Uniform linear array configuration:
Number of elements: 64
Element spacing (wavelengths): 0.75
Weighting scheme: exponential
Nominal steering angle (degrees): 45
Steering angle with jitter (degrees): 44.956
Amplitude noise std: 0.05
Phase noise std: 0.05

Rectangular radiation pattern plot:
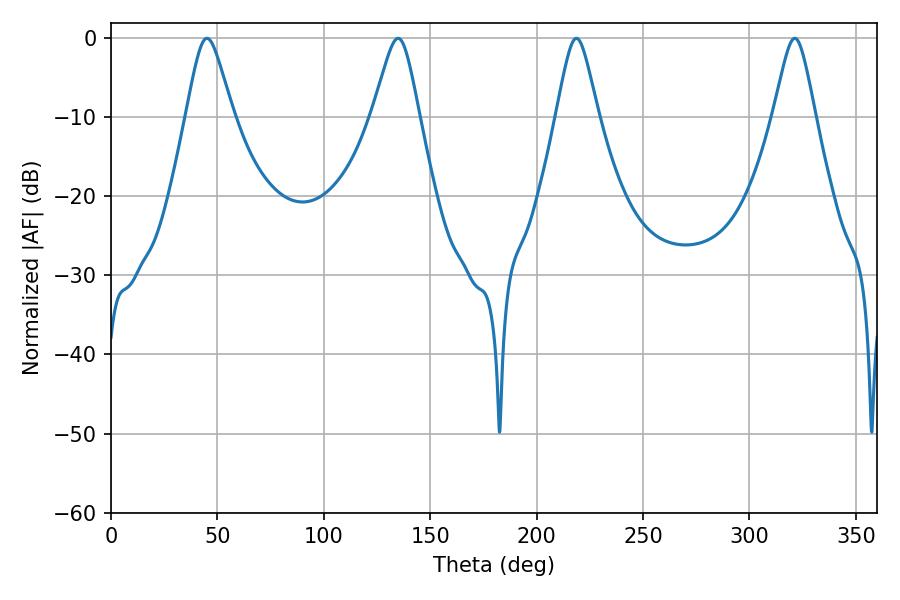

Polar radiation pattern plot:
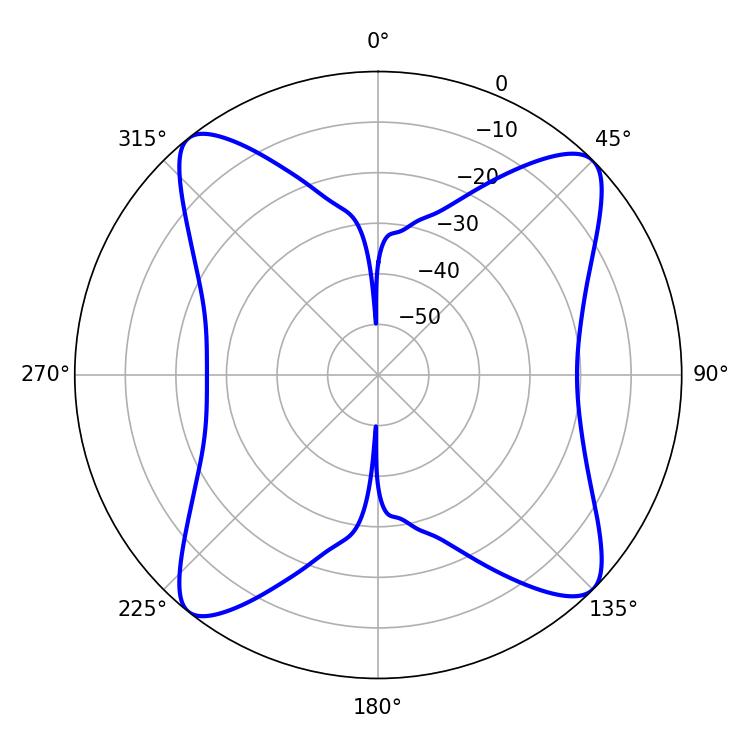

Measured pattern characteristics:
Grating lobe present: TRUE
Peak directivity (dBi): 14.273
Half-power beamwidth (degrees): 9.54
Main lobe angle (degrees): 218.7